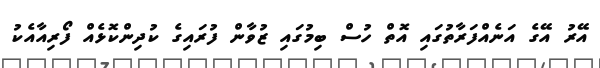
އޭރު އޭގެ އަނެއްފަރާތުގައި އޮތް ހުސް ބިމުގައި ޒުވާން ފުރައިގެ ކުދިންކޮޅެއް ފޯރިއާއެކު